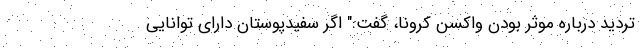
تردید درباره موثر بودن واکسن کرونا، گفت:" اگر سفیدپوستان دارای توانایی